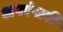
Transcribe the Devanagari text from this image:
अपरंपारी